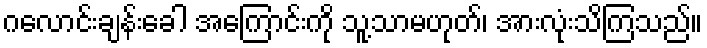
ဂလောင်းချန်းခေါ အကြောင်းကို သူ့သာမဟုတ်၊ အားလုံးသိကြသည်။